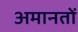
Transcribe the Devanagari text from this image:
अमानतों